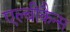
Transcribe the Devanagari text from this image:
एल्बीकैन्स